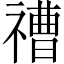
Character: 䄚